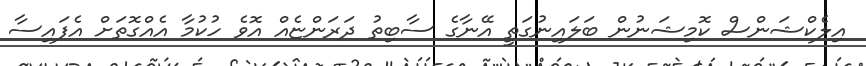
އިލެކްޝަންސް ކޮމިޝަނުން ބަލައިނުގަތީ އޭނާގެ ސާބިތު ދަރަންޏެއް އޮވެ ހުކުމާ އެއްގޮތަށް އެފައިސާ